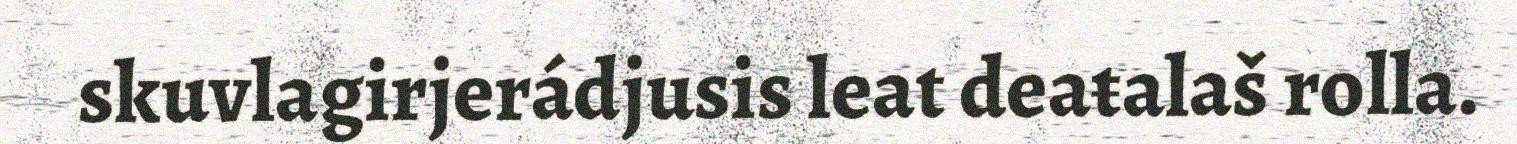
skuvlagirjerádjusis leat deaŧalaš rolla.